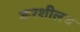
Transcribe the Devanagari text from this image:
करशीलच